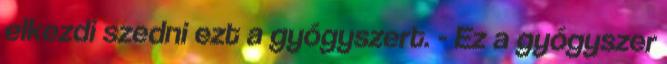
elkezdi szedni ezt a gyógyszert. - Ez a gyógyszer